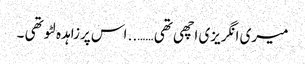
میری انگریزی اچھی تھی …….. اس پرزاہدہ لٹو تھی ۔